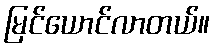
မြင်ယောင်လာတယ်။